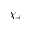
\chi _ { + }